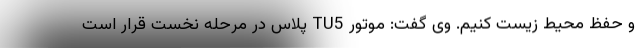
و حفظ محیط زیست کنیم. وی گفت: موتور TU5 پلاس در مرحله نخست قرار است